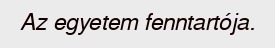
Az egyetem fenntartója.